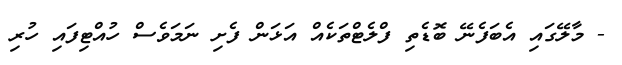
- މާލޭގައި އެބަފެނޭ ބޮޑެތި ފްލެޓްތަކެއް އަޅަން ފެށި ނަމަވެސް ހުއްޓިފައި ހުރި